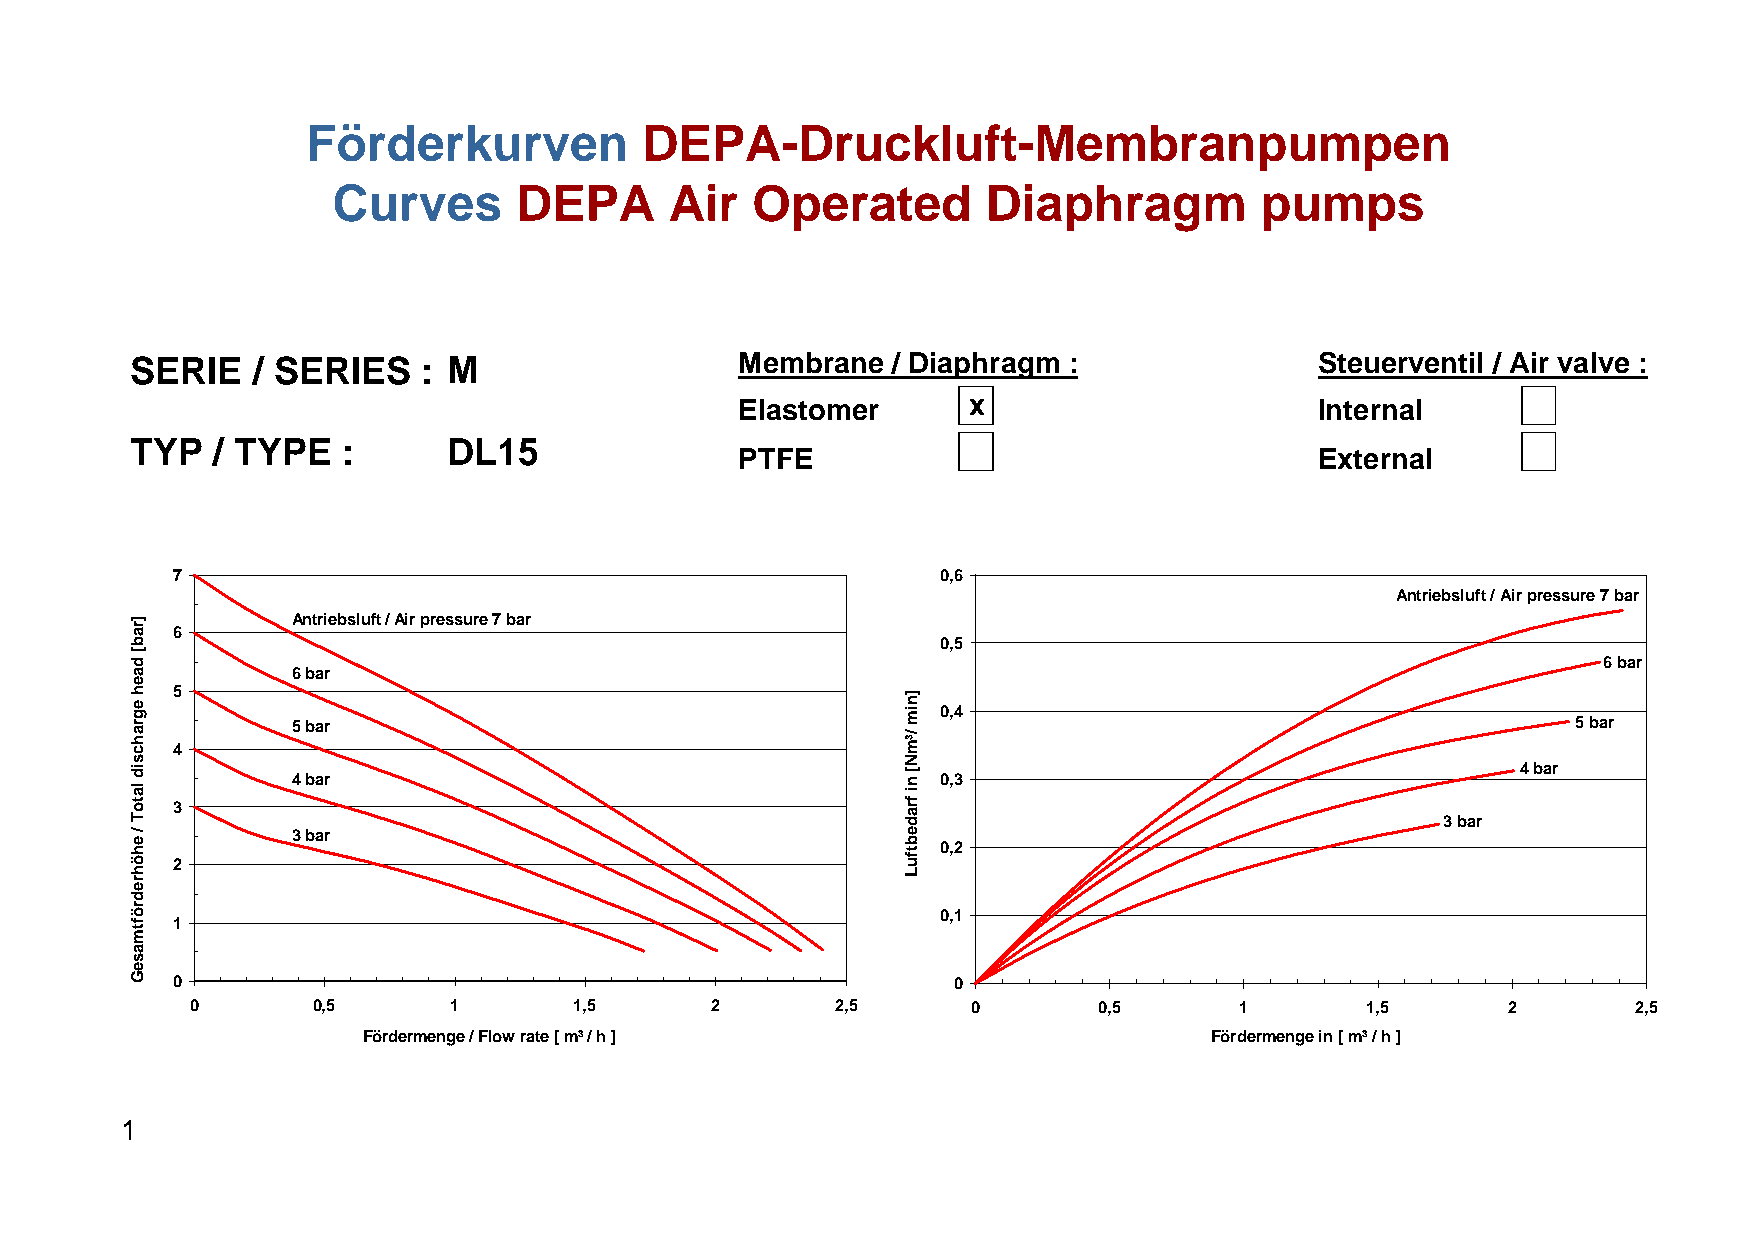
Förderkurven           DEPA-Druckluft-Membranpumpen
 Curves      DEPA      Air   Operated       Diaphragm         pumps
 SERIE   / SERIES   : M                  Membrane  / Diaphragm :               Steuerventil / Air valve :
 Elastomer      x                      Internal
 TYP  / TYPE   :      DL15
 PTFE                                  External
 7                                                  0,6
 Antriebsluft / Air pressure 7 bar
 Antriebsluft / Air pressure 7 bar
 6
 0,5
 6 bar
 6 bar
 5
 0,4
 5 bar                                                                                5 bar
 4
 4 bar
 4 bar                                      0,3
 3
 3 bar
 3 bar
 0,2
 2
 0,1
 1
 0                                                   0
 0       0,5      1       1,5      2       2,5      0        0,5      1       1,5       2       2,5
 Fördermenge / Flow rate [ m³ / h ]                      Fördermenge in [ m³ / h ]
 1
 ]rab[
 daeh
 egrahcsid
 latoT
 /
 ehöhredröftmaseG
 ]nim
 /³mN[
 ni
 fradebtfuL